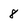
Character: 8